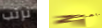
نرتب نتراجع